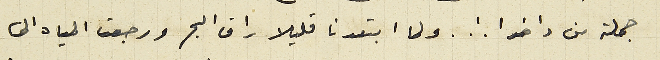
جملة من داخوا !.. ولما ابتعدنا قليلا راق البحر ورجعت المياه الى